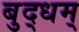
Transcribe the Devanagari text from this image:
बुद्धम्